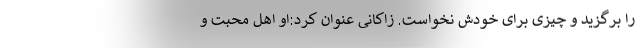
را برگزید و چیزی برای خودش نخواست. زاکانی عنوان کرد:او اهل محبت و